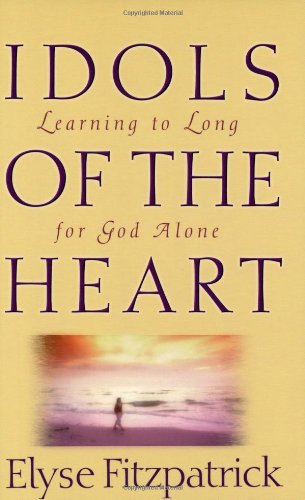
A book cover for Idols of the Heart: Learning to Long for God Alone; Elyse Fitzpatrick; Christian Books & Bibles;